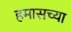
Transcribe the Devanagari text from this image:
हमासच्या